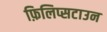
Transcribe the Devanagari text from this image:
फ़िलिप्सटाउन